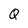
Character: Q